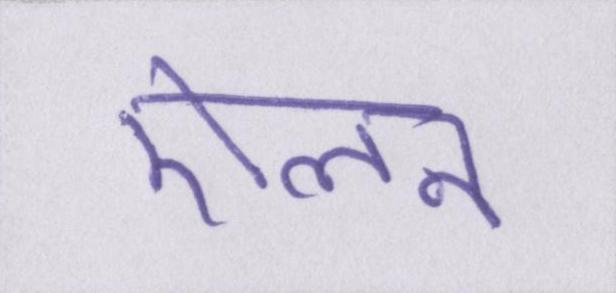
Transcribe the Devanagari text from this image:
ऐलन